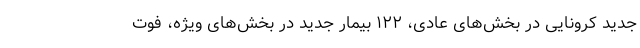
جدید کرونایی در بخش‌های عادی، ۱۲۲ بیمار جدید در بخش‌های ویژه، فوت